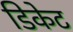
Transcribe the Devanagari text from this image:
डिकेट